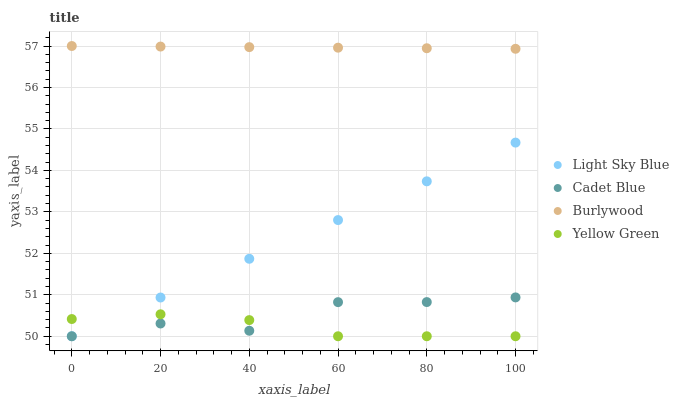
| xaxis_label | Light Sky Blue | Cadet Blue | Burlywood | Yellow Green |
 | --- | --- | --- | --- | --- |
 | 0 | 50 | 50 | 57 | 50.4 |
 | 20 | 50.9 | 50.3 | 57 | 50.5 |
 | 40 | 51.9 | 50.1 | 57 | 50.4 |
 | 60 | 52.8 | 50.8 | 57 | 50 |
 | 80 | 53.7 | 50.8 | 56.9 | 50 |
 | 100 | 54.7 | 50.9 | 56.9 | 50 |